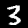
Digit: 3